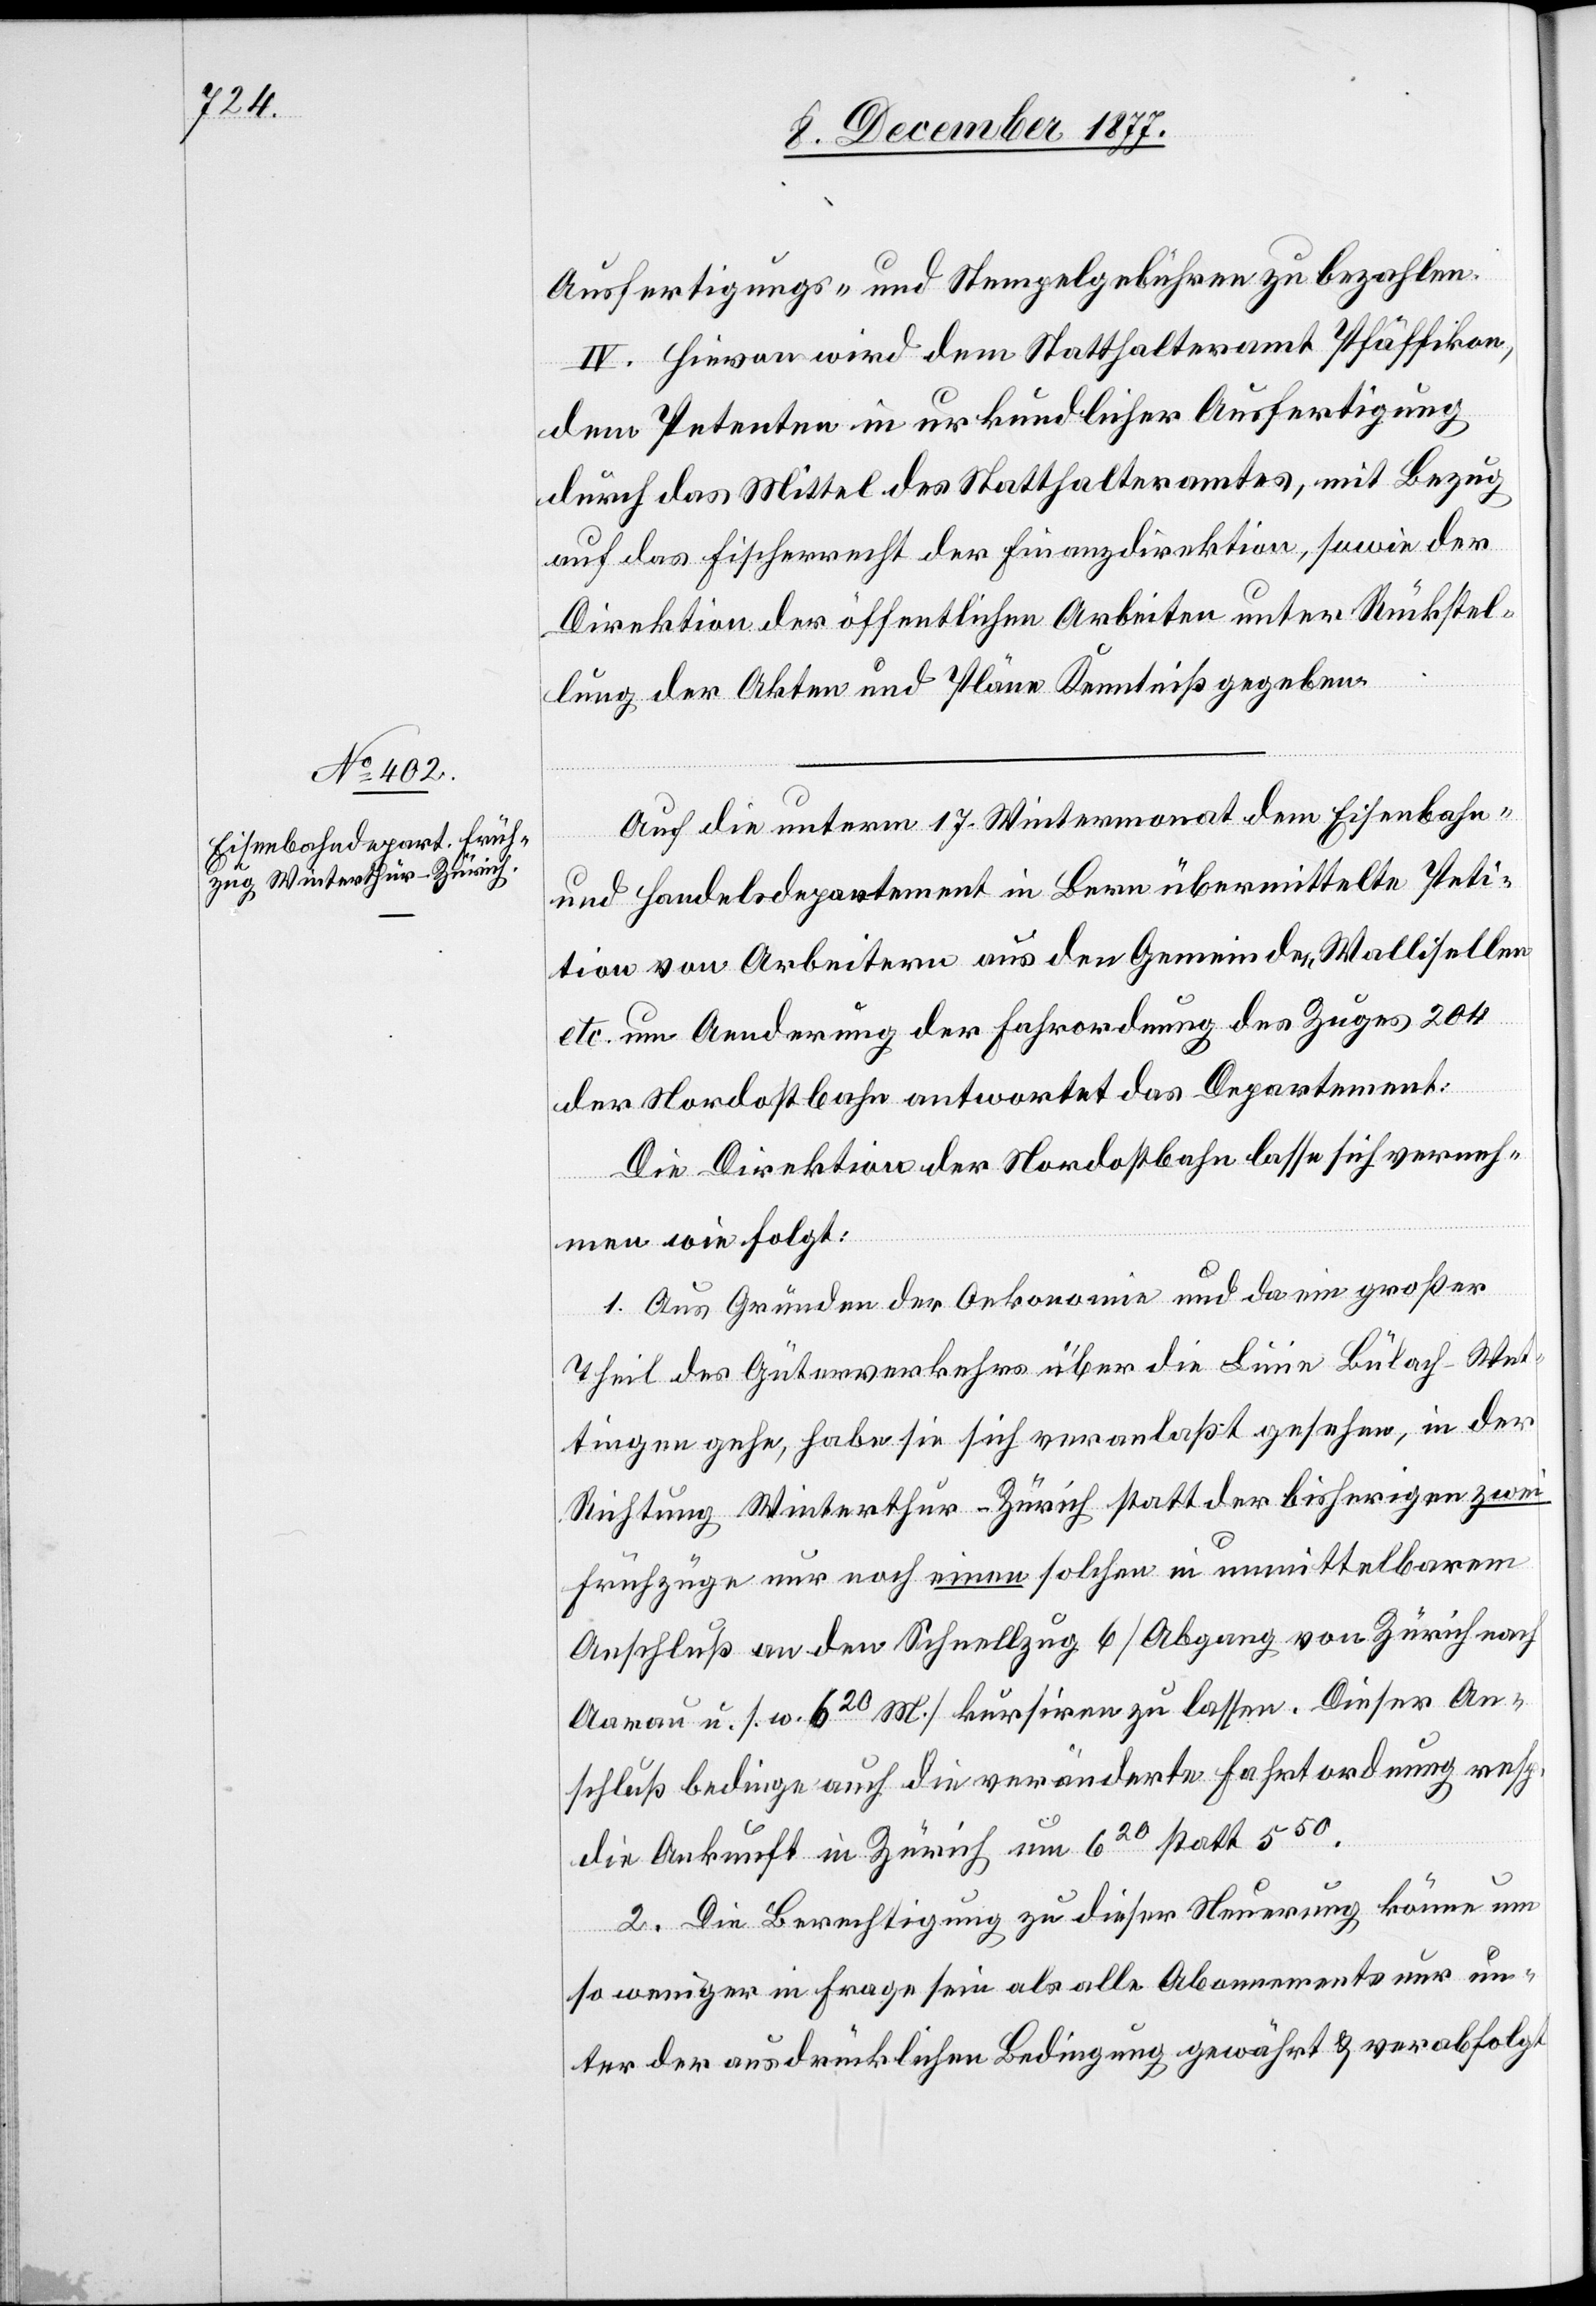
Ausfertigungs- und Stempelgebühren zu bezahlen.
IV. Hievon wird dem Statthalteramt Pfäffikon,
dem Petenten in urkundlicher Ausfertigung
durch das Mittel des Statthalteramtes, mit Bezug
auf das Fischerrecht der Finanzdirektion, sowie der
Direktion der öffentlichen Arbeiten unter Rückstel¬
lung der Akten und Pläne Kenntniß gegeben.
Auf die unterm 17. Wintermonat dem Eisenbahn-
und Handelsdepartement in Bern übermittelte Peti¬
tion von Arbeitern aus den Gemeinden Wallisellen
etc. um Aenderung der Fahrordnung des Zuges 204
der Nordostbahn antwortet das Departement:
Die Direktion der Nordostbahn lasse sich verneh¬
men wie folgt:
1. Aus Gründen der Oekonomie und da ein großer
Theil des Güterverkehrs über die Linie Bülach–Wet¬
tingen gehe, habe sie sich veranlaßt gesehen, in der
Richtung Winterthur–Zürich statt der bisherigen zwei
Frühzüge nur noch einen solchen in unmittelbarem
Anschluß an den Schnellzug 6 [Abgang von Zürich nach
Aarau u. s. w. 620 M.] kursiren zu lassen. Dieser An¬
schluß bedinge auch die veränderte Fahrtordnung resp.
die Ankunft in Zürich um 620 statt 550.
2. Die Berechtigung zu dieser Neuerung könne um
so weniger in Frage sein als alle Abonnements nur un¬
ter der ausdrücklichen Bedingung gewährt & verabfolgt